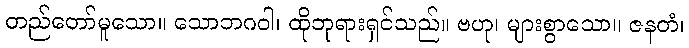
တည်တော်မူသော။ သောဘဂဝါ၊ ထိုဘုရားရှင်သည်။ ဗဟု၊ များစွာသော။ ဇနတံ၊